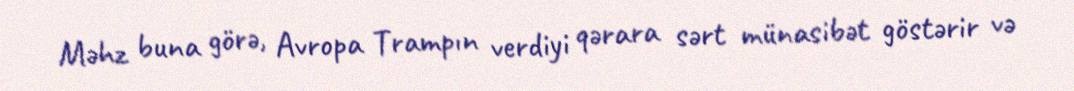
Məhz buna görə, Avropa Trampın verdiyi qərara sərt münasibət göstərir və